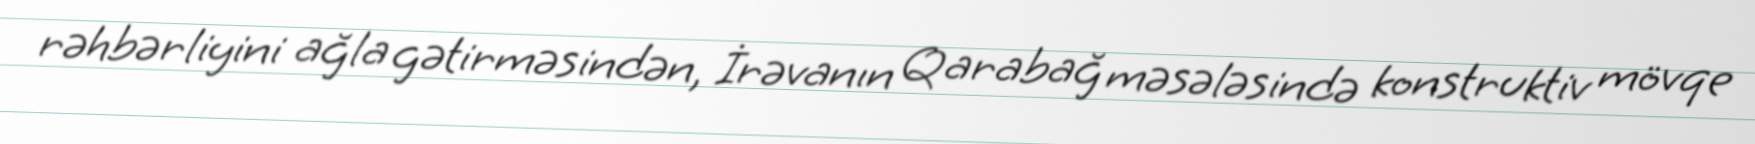
rəhbərliyini ağla gətirməsindən, İrəvanın Qarabağ məsələsində konstruktiv mövqe